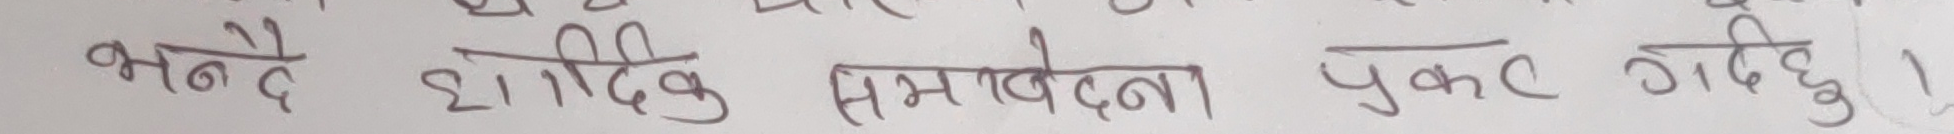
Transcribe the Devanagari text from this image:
भन्दै हार्दिक समवेदना पुकार गर्दछु ।